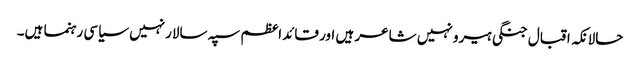
حالانکہ اقبال جنگی ہیرو نہیں شاعر ہیں اور قائداعظم سپہ سالارنہیں سیاسی رہنما ہیں۔